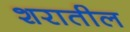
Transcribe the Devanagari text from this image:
शरातील